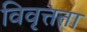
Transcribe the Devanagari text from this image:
विवृत्तता